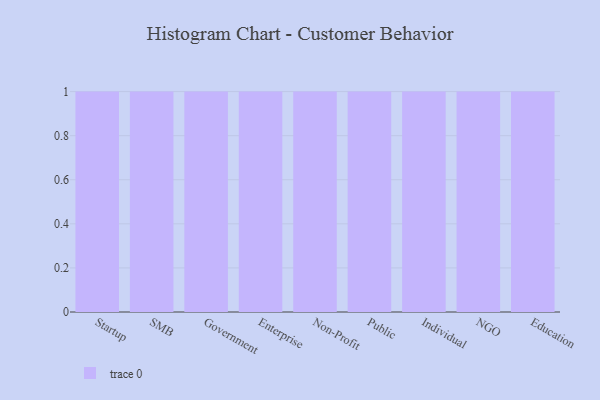
{"axis": {"x": "Segment", "y": "Operating Costs (USD K)"}, "legend": [""], "data": [{"x": "Startup", "y": 79, "type": ""}, {"x": "SMB", "y": 30, "type": ""}, {"x": "Government", "y": 81, "type": ""}, {"x": "Enterprise", "y": 61, "type": ""}, {"x": "Non-Profit", "y": 82, "type": ""}, {"x": "Public", "y": 5, "type": ""}, {"x": "Individual", "y": 59, "type": ""}, {"x": "NGO", "y": 64, "type": ""}, {"x": "Education", "y": 25, "type": ""}]}